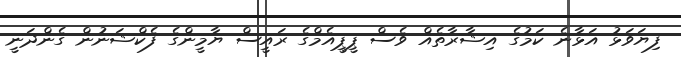
ފިޔަވަޅު އަޅާނެ ކަމުގެ އިޝާރާތެއް ވެސް ޕީޕީއެމްގެ ރައީސް ޔާމީންގެ ފެކްޝަނުން ގެންދަނީ